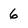
Character: 6